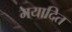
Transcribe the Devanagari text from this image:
मयादित